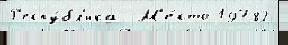
Р'еспу́бл'ика  М'е́сто 19782